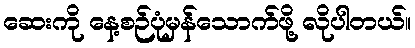
ဆေးကို နေ့စဉ်ပုံမှန်သောက်ဖို့ လိုပါတယ်။